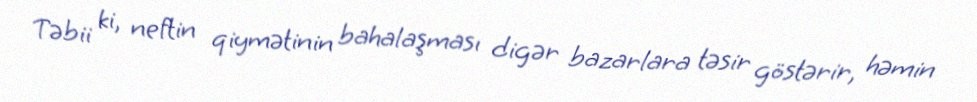
Təbii ki, neftin qiymətinin bahalaşması digər bazarlara təsir göstərir, həmin